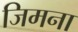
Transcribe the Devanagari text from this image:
जिमना